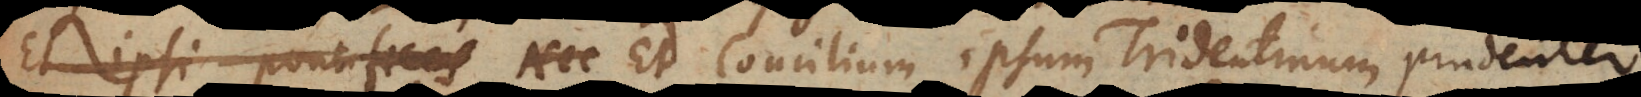
Et ipsi pontifices Nec Et Concilium ipsum Tridentinum pruden